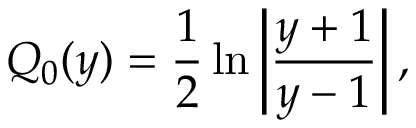
Q _ { 0 } ( y ) = { \frac { 1 } { 2 } } \ln \left| { \frac { y + 1 } { y - 1 } } \right| ,